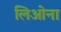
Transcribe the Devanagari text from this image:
लिओना